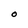
Character: O